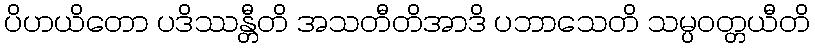
ပိဟယိတော ပဒိဿန္တီတိ အသတီတိအာဒိ ပဘာသေတိ သမ္ပဝတ္တယီတိ